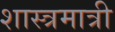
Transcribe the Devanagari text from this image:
शास्त्रमात्री